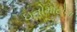
ઇનોમોટોના